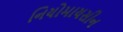
નિયોમાયસીન